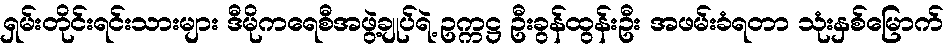
ရှမ်းတိုင်းရင်းသားများ ဒီမိုကရေစီအဖွဲ့ချုပ်ရဲ့ ဥက္ကဋ္ဌ ဦးခွန်ထွန်းဦး အဖမ်းခံရတာ သုံးနှစ်မြောက်